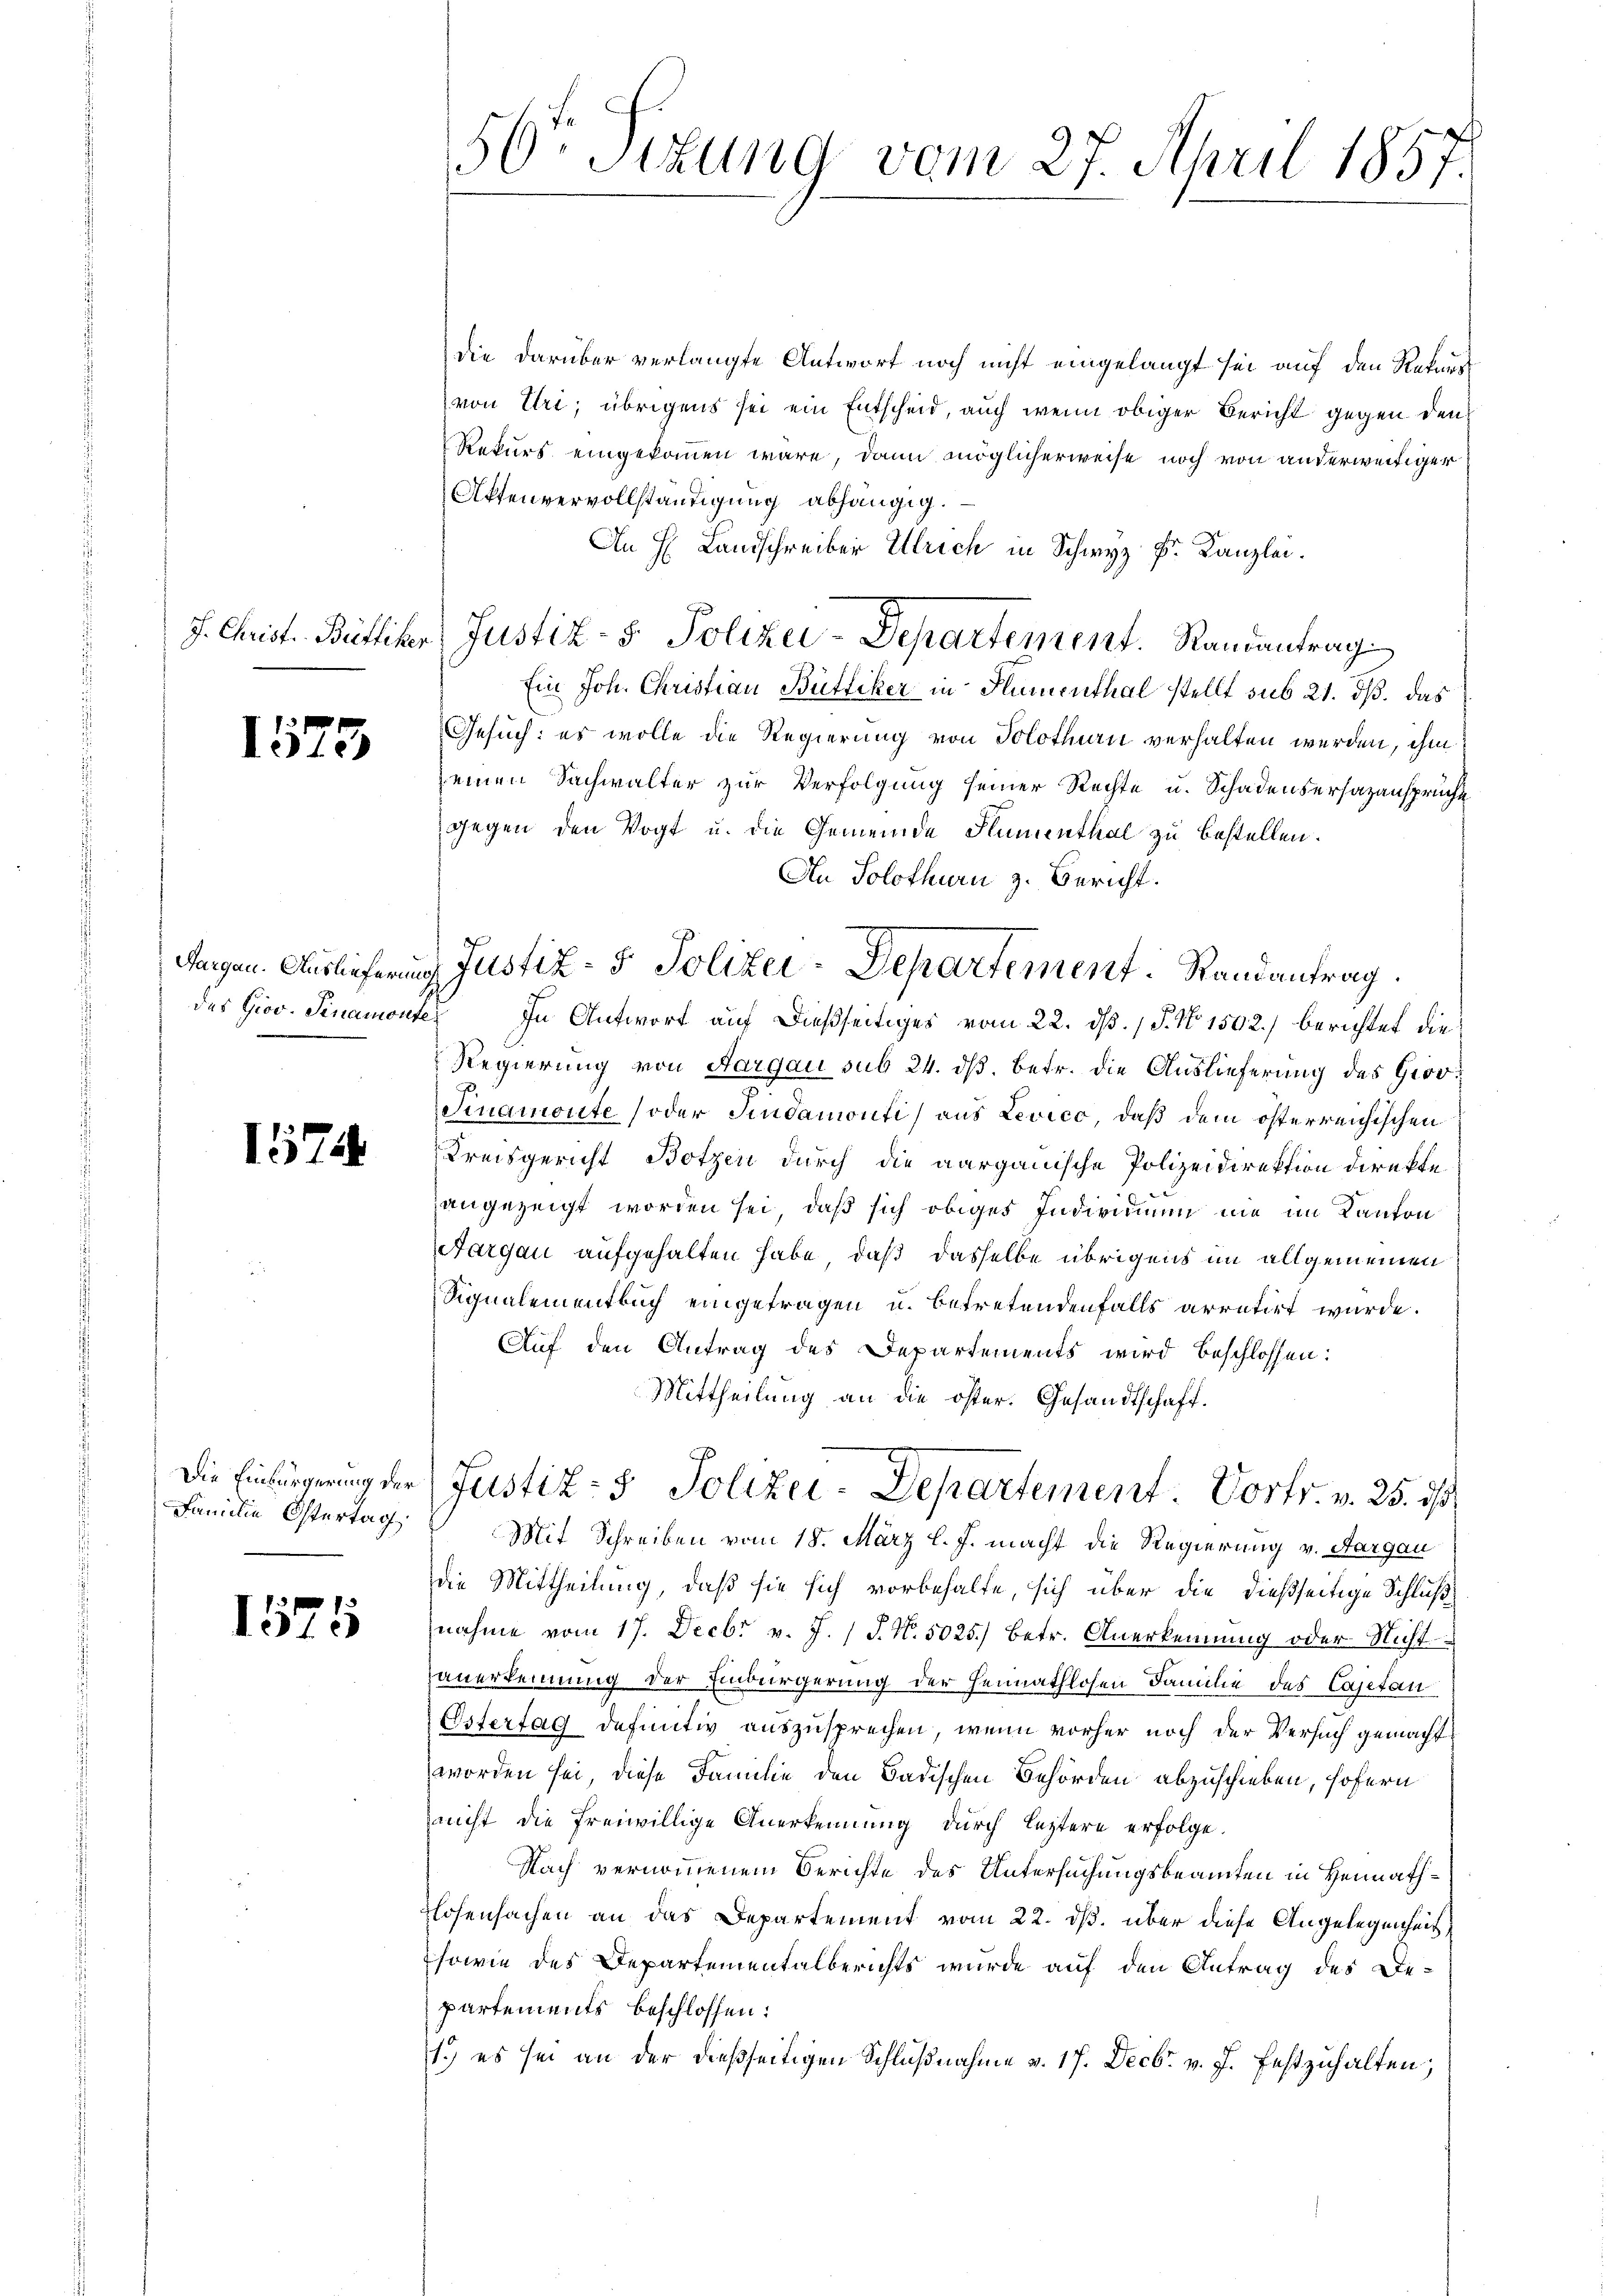
1575

Aargau. Auslieferung

1574

Familie Ostertag

1575

50. Sizung vom 27. April 1857.

die darüber verlangte Antwort noch nicht eingelangt sei auf den Rekurs
von Uri, übrigens sei ein Entscheid, auch wenn obiger Bericht gegen den
Rekurs eingekommen wäre, dann möglicherweise noch von anderweitiger
Aktenvervollständigung abhängig.
An H: Landschreiber Ulrich in Schwyz Fr. Kanzlei.
Ein Joh. Christian Büttiker in Flumenthal stellt sub 21. dß. Das
Gesuch: es wolle die Regierung von Solothurn verhalten werden, ihm
einen Sachwalter zur Verfolgung seiner Rechte u. Schadensersazansprüche
gegen den Vogt u. die Gemeinde Humenthal zu bestellen.
des Giov. Senamonte. In Antwort auf dießseitiges vom 22. dß. / P. Nr. 1502) berichtet die
Regierung von Aargau sub 24. ds. betr. die Auslieferung des Groo¬
Sinamonte (oder Sindamonti) aus Levico, daß dem österreichischen
Kreisgericht Botzen durch die aargauische Polizeidirektion direkte
angezeigt worden sei, daß sich obiges Individuum nie im Kanton
argau aufgehalten habe, daß dasselbe übrigens im allgemeinen
Signalementbuch eingetragen u. betretendenfalls arretirt wurde.
Auf den Antrag des Departements wird beschlossen:
Mittheilung an die öster. Gesandtschaft.
Die Einbürgerung der Justiz- & Polizei-Departement. Vortr. v. 25. ds
Mit Schreiben vom 18. März l. J. macht die Regierung v. Aargau
die Mittheilung, daß sie sich vorbehalte, sich über die dießseitige Schlußnahme vom 17. Decbr v. J. J. N. 5025.) Betr. Anerkennung oder Nicht
auerkennung der Einbürgerung der Heimathlosen Familie des Cajetan
Estertag definitiv auszusprechen, wenn vorher noch der Versuch gemacht
worden sei, diese Familie den Badischen Behörden abzuschieben, sofern
nicht die freiwillige Anerkennung durch leztere erfolge.
Nach vernommenem Berichte des Untersuchungsbeamten in Heimathlosensachen an das Departement vom 22. ds. über diese Angelegenheit
sowie des Departementalberichts wurde auf den Antrag des De-
partements beschlossen:
1.) es sei an der dießseitigen Schlußnahme v. 17. Decbr. v. J. festzuhalten;

J. Christ. Büttiker, Justiz- & Polizei-Departement. Ramantrag

An Solothurn z. Bericht.
Justiz- & Polizei-Departement. Randantrag.